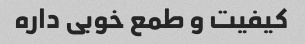
کیفیت و طمع خوبی داره